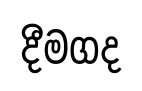
දීමගද